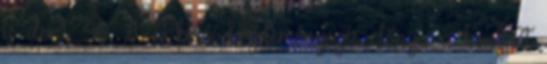
is dönt. 46 6. A bírói kezdeményezés előnyei a konkrét